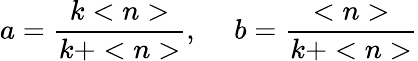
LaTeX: a=\frac{k<n>}{k+<n>},\ \ \ \ \ b=\frac{<n>}{k+<n>}